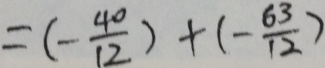
= ( - \frac { 4 0 } { 1 2 } ) + ( - \frac { 6 3 } { 1 2 } )